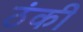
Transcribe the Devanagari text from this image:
ठंकी